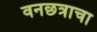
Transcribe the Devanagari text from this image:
वनछत्राचा